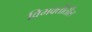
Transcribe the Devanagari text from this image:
विभक्तीतील